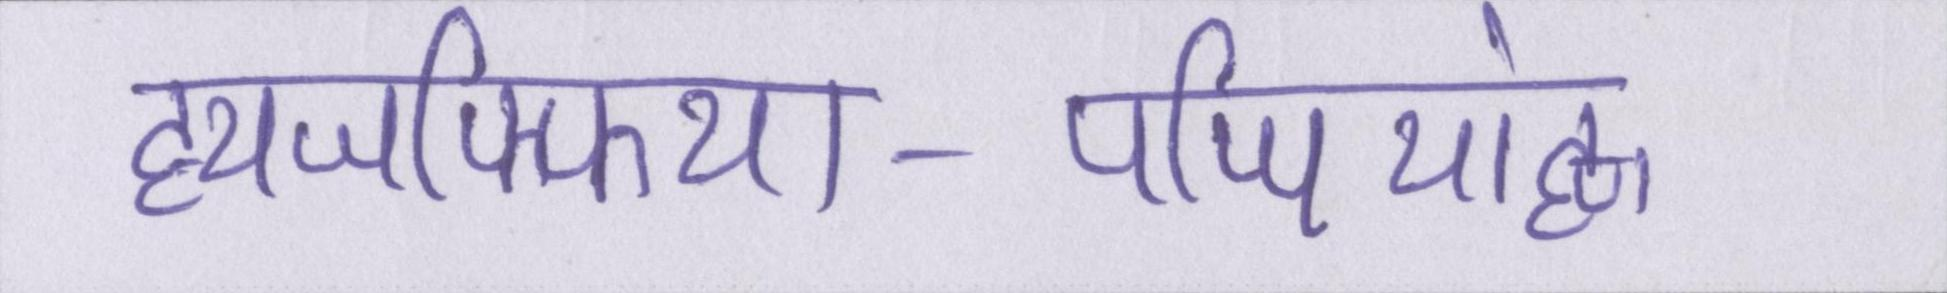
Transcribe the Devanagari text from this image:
ह्यजफ्फिया-पप्पियांह्ण